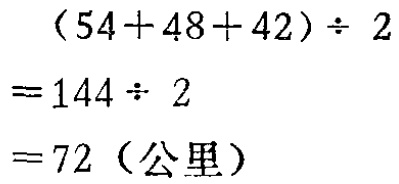
\[(54 + 48 + 42) \div 2 \\
= 144 \div 2 \\
= 72 (\text{公里})\]